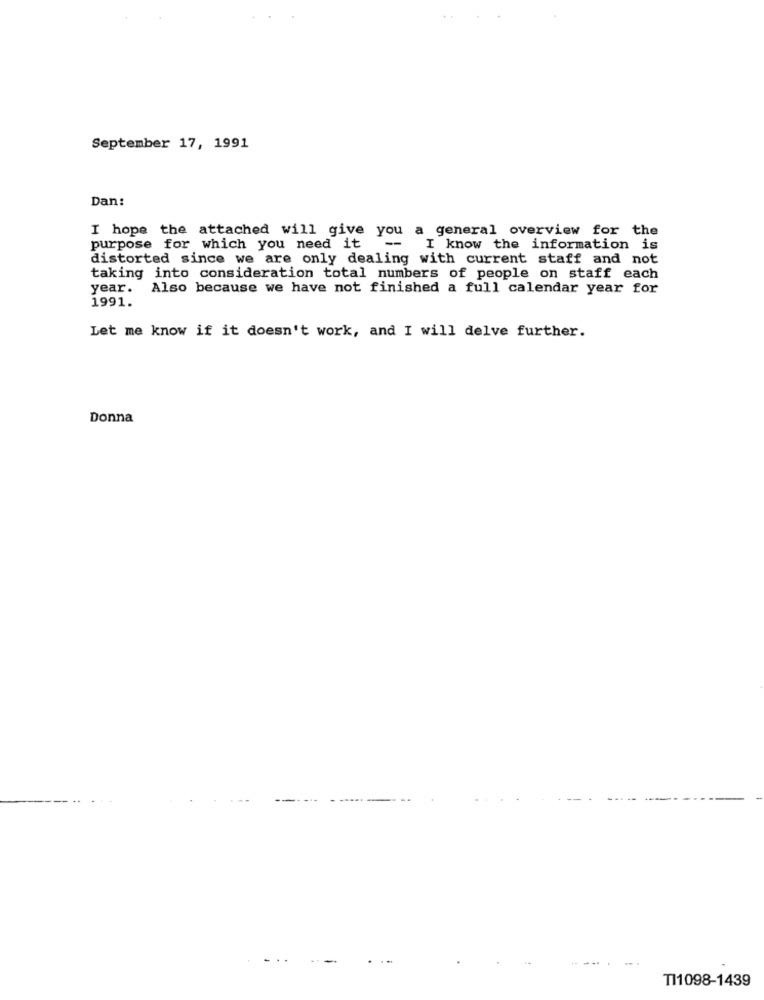
September 17, 1991
Dan:
I hope the attached will give you a general overview for the
purpose for which you need it -- I know the information is
distorted since we are only dealing with current staff and not
taking into consideration total numbers of people on staff each
year.
Also because we have not finished a full calendar year for
1991.
Let me know if it doesn't work, and I will delve further.
Donna
TI1098-1439